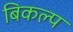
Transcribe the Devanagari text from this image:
बिकल्प